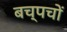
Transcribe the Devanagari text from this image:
बच्पचों